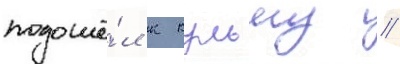
подошё́л к кульму //